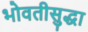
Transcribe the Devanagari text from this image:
भोवतीसुद्धा